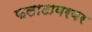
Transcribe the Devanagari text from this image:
फलाटावरवर